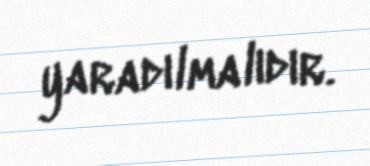
yaradılmalıdır.